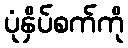
ပုံနှိပ်စက်ကို